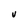
Character: V